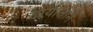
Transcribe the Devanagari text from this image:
दायोजीन